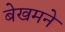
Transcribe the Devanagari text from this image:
बेखमने